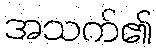
အသက်၏